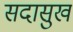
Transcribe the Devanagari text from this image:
सदासुख